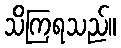
သိကြရသည်။